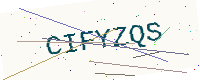
Text: CIFYZQS